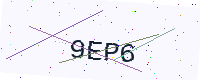
Text: 9EP6